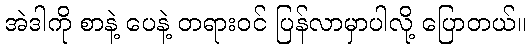
အဲဒါကို စာနဲ့ ပေနဲ့ တရားဝင် ပြန်လာမှာပါလို့ ပြောတယ်။